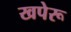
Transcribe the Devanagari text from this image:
खपेरू